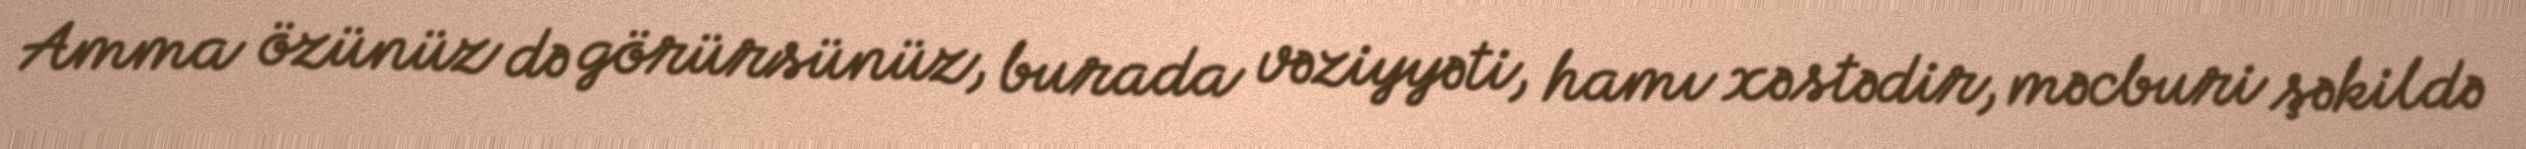
Amma özünüz də görürsünüz, burada vəziyyəti, hamı xəstədir, məcburi şəkildə